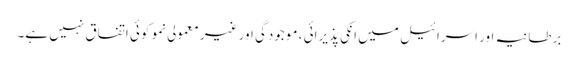
برطانیہ اور اسرائیل میں انکی پذیرائی ، موجودگی اور غیر معمولی نمو کوئی اتفاق نہیں ہے۔